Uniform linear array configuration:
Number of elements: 16
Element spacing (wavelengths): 1
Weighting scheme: uniform
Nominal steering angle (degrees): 60
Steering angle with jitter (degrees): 60.275
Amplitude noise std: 0.05
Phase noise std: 0.05

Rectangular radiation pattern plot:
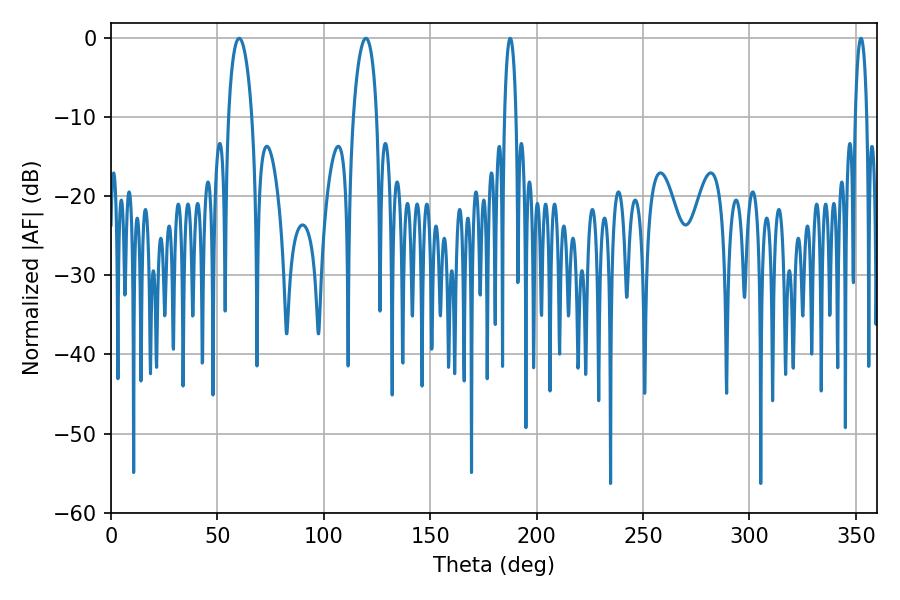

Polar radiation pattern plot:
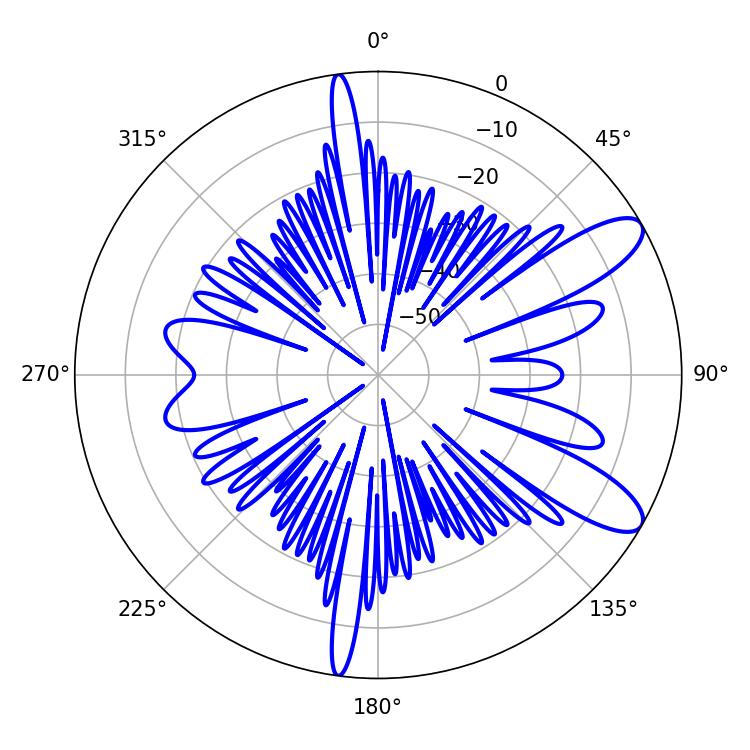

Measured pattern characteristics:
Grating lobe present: TRUE
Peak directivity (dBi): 10.24
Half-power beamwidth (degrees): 3.06
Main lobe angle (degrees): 187.56